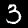
Digit: 3